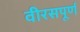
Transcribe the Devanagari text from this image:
वीरसपूर्ण